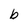
Character: b